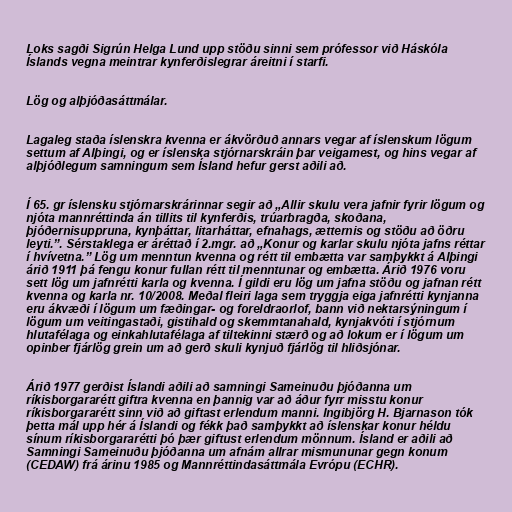
Loks sagði Sigrún Helga Lund upp stöðu sinni sem prófessor við Háskóla
Íslands vegna meintrar kynferðislegrar áreitni í starfi.

Lög og alþjóðasáttmálar.

Lagaleg staða íslenskra kvenna er ákvörðuð annars vegar af íslenskum lögum
settum af Alþingi, og er íslenska stjórnarskráin þar veigamest, og hins vegar af
alþjóðlegum samningum sem Ísland hefur gerst aðili að.

Í 65. gr íslensku stjórnarskrárinnar segir að „Allir skulu vera jafnir fyrir lögum og
njóta mannréttinda án tillits til kynferðis, trúarbragða, skoðana,
þjóðernisuppruna, kynþáttar, litarháttar, efnahags, ætternis og stöðu að öðru
leyti.”. Sérstaklega er áréttað í 2.mgr. að „Konur og karlar skulu njóta jafns réttar
í hvívetna.” Lög um menntun kvenna og rétt til embætta var samþykkt á Alþingi
árið 1911 þá fengu konur fullan rétt til menntunar og embætta. Árið 1976 voru
sett lög um jafnrétti karla og kvenna. Í gildi eru lög um jafna stöðu og jafnan rétt
kvenna og karla nr. 10/2008. Meðal fleiri laga sem tryggja eiga jafnrétti kynjanna
eru ákvæði í lögum um fæðingar- og foreldraorlof, bann við nektarsýningum í
lögum um veitingastaði, gistihald og skemmtanahald, kynjakvóti í stjórnum
hlutafélaga og einkahlutafélaga af tiltekinni stærð og að lokum er í lögum um
opinber fjárlög grein um að gerð skuli kynjuð fjárlög til hliðsjónar.

Árið 1977 gerðist Íslandi aðili að samningi Sameinuðu þjóðanna um
ríkisborgararétt giftra kvenna en þannig var að áður fyrr misstu konur
ríkisborgararétt sinn við að giftast erlendum manni. Ingibjörg H. Bjarnason tók
þetta mál upp hér á Íslandi og fékk það samþykkt að íslenskar konur héldu
sínum ríkisborgararétti þó þær giftust erlendum mönnum. Ísland er aðili að
Samningi Sameinuðu þjóðanna um afnám allrar mismununar gegn konum
(CEDAW) frá árinu 1985 og Mannréttindasáttmála Evrópu (ECHR).